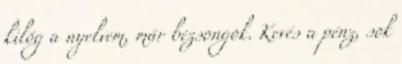
kilóg a nyelvem, már bezsongok. Kevés a pénz, sok